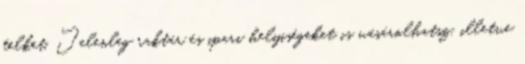
telket. Jelenleg raktár és ipari helyiségeket is vásárolhatsz, illetve